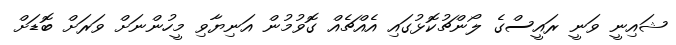
ޝައިނީ ވަނީ ރައީސްގެ ލޯންޗުކޮޅުގައި އެއްޗެއް ގޮވުމުން އަނިޔާވި މީހުންނަށް ވަރަށް ބޮޑަށް